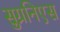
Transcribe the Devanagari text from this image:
सुग्रनिएस